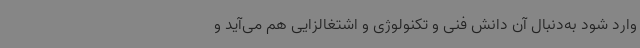
وارد شود به‌دنبال آن دانش فنی و تکنولوژی و اشتغالزایی هم می‌آید و